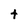
Character: t